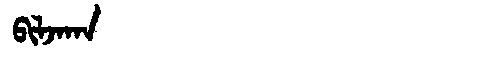
Manchu: ᠪᡳᠯᠵᠠᡴᠠ
Romanization: BILJAKA